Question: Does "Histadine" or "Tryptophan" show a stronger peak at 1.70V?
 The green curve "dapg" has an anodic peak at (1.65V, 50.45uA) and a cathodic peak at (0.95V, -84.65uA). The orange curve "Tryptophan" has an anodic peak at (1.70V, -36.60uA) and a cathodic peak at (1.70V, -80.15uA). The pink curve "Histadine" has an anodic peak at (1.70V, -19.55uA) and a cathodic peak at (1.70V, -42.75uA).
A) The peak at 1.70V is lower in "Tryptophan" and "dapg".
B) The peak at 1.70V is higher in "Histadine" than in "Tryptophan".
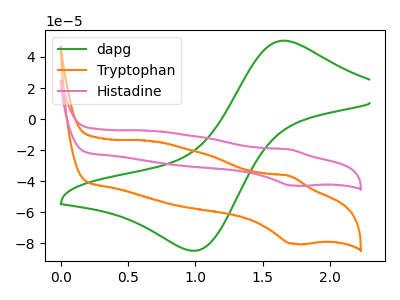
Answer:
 <answer>B) The peak at 1.70V is higher in "Histadine" than in "Tryptophan".</answer>
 <eval>B</eval>